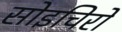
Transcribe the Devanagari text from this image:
सोइचिरो